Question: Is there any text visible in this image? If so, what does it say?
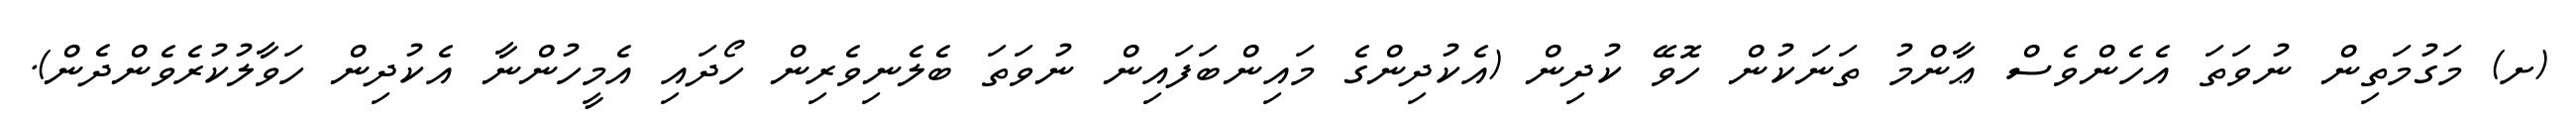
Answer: (ށ) މަގުމަތިން ނުވަތަ އެހެންވެސް ޢާންމު ތަނަކުން ހޮވޭ ކުދިން (އެކުދިންގެ މައިންބަފައިން ނުވަތަ ބެލެނިވެރިން ހޯދައި އެމީހުންނާ އެކުދިން ހަވާލުކުރެވެންދެން).